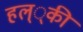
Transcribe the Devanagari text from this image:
हल््की